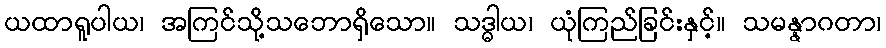
ယထာရူပါယ၊ အကြင်သို့သဘောရှိသော။ သဒ္ဓါယ၊ ယုံကြည်ခြင်းနှင့်။ သမန္နာဂတာ၊